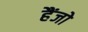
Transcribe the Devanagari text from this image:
हैंजो